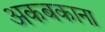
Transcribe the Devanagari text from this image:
अकबकाना